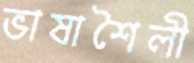
ভাষাশৈলী